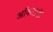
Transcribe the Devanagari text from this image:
ऑक्सफ़ॉर्ड